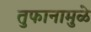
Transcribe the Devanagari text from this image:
तुफानामुळे